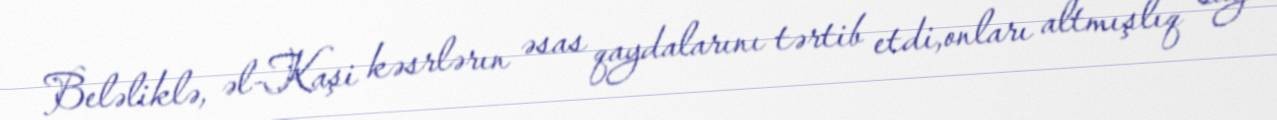
Beləliklə, əl-Kaşi kəsrlərın əsas qaydalarını tərtib etdi,onları altmışlıq say